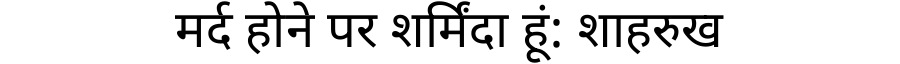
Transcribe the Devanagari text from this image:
मर्द होने पर शर्मिंदा हूं: शाहरुख